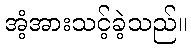
အံ့အားသင့်ခဲ့သည်။